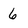
Character: 6